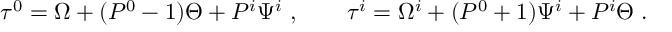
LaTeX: \tau ^ { 0 } = \Omega + ( P ^ { 0 } - 1 ) \Theta + P ^ { i } \Psi ^ { i } ~ , \qquad \tau ^ { i } = \Omega ^ { i } + ( P ^ { 0 } + 1 ) \Psi ^ { i } + P ^ { i } \Theta \; .